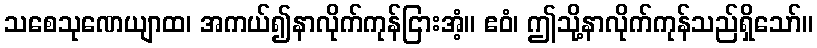
သစေသုဏေယျာထ၊ အကယ်၍နာလိုက်ကုန်ငြားအံ့။ ဧဝံ၊ ဤသို့နာလိုက်ကုန်သည်ရှိသော်။